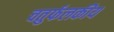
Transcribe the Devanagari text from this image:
चतुर्फलकीय